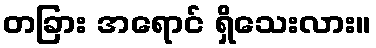
တခြား အရောင် ရှိသေးလား။